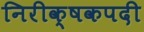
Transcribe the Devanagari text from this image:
निरीक्षकपदी